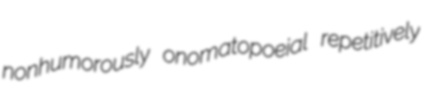
nonhumorously onomatopoeial repetitively